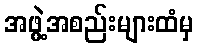
အဖွဲ့အစည်းများထံမှ